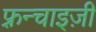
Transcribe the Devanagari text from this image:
फ़्रन्चाइज़ी